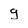
Character: g